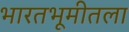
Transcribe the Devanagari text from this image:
भारतभूमीतला